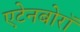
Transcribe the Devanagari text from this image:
एटेनबोरॉ